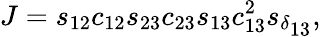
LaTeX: J=s_{12}c_{12}s_{23}c_{23}s_{13}c_{13}^{2}s_{\delta_{\scriptstyle 13}},